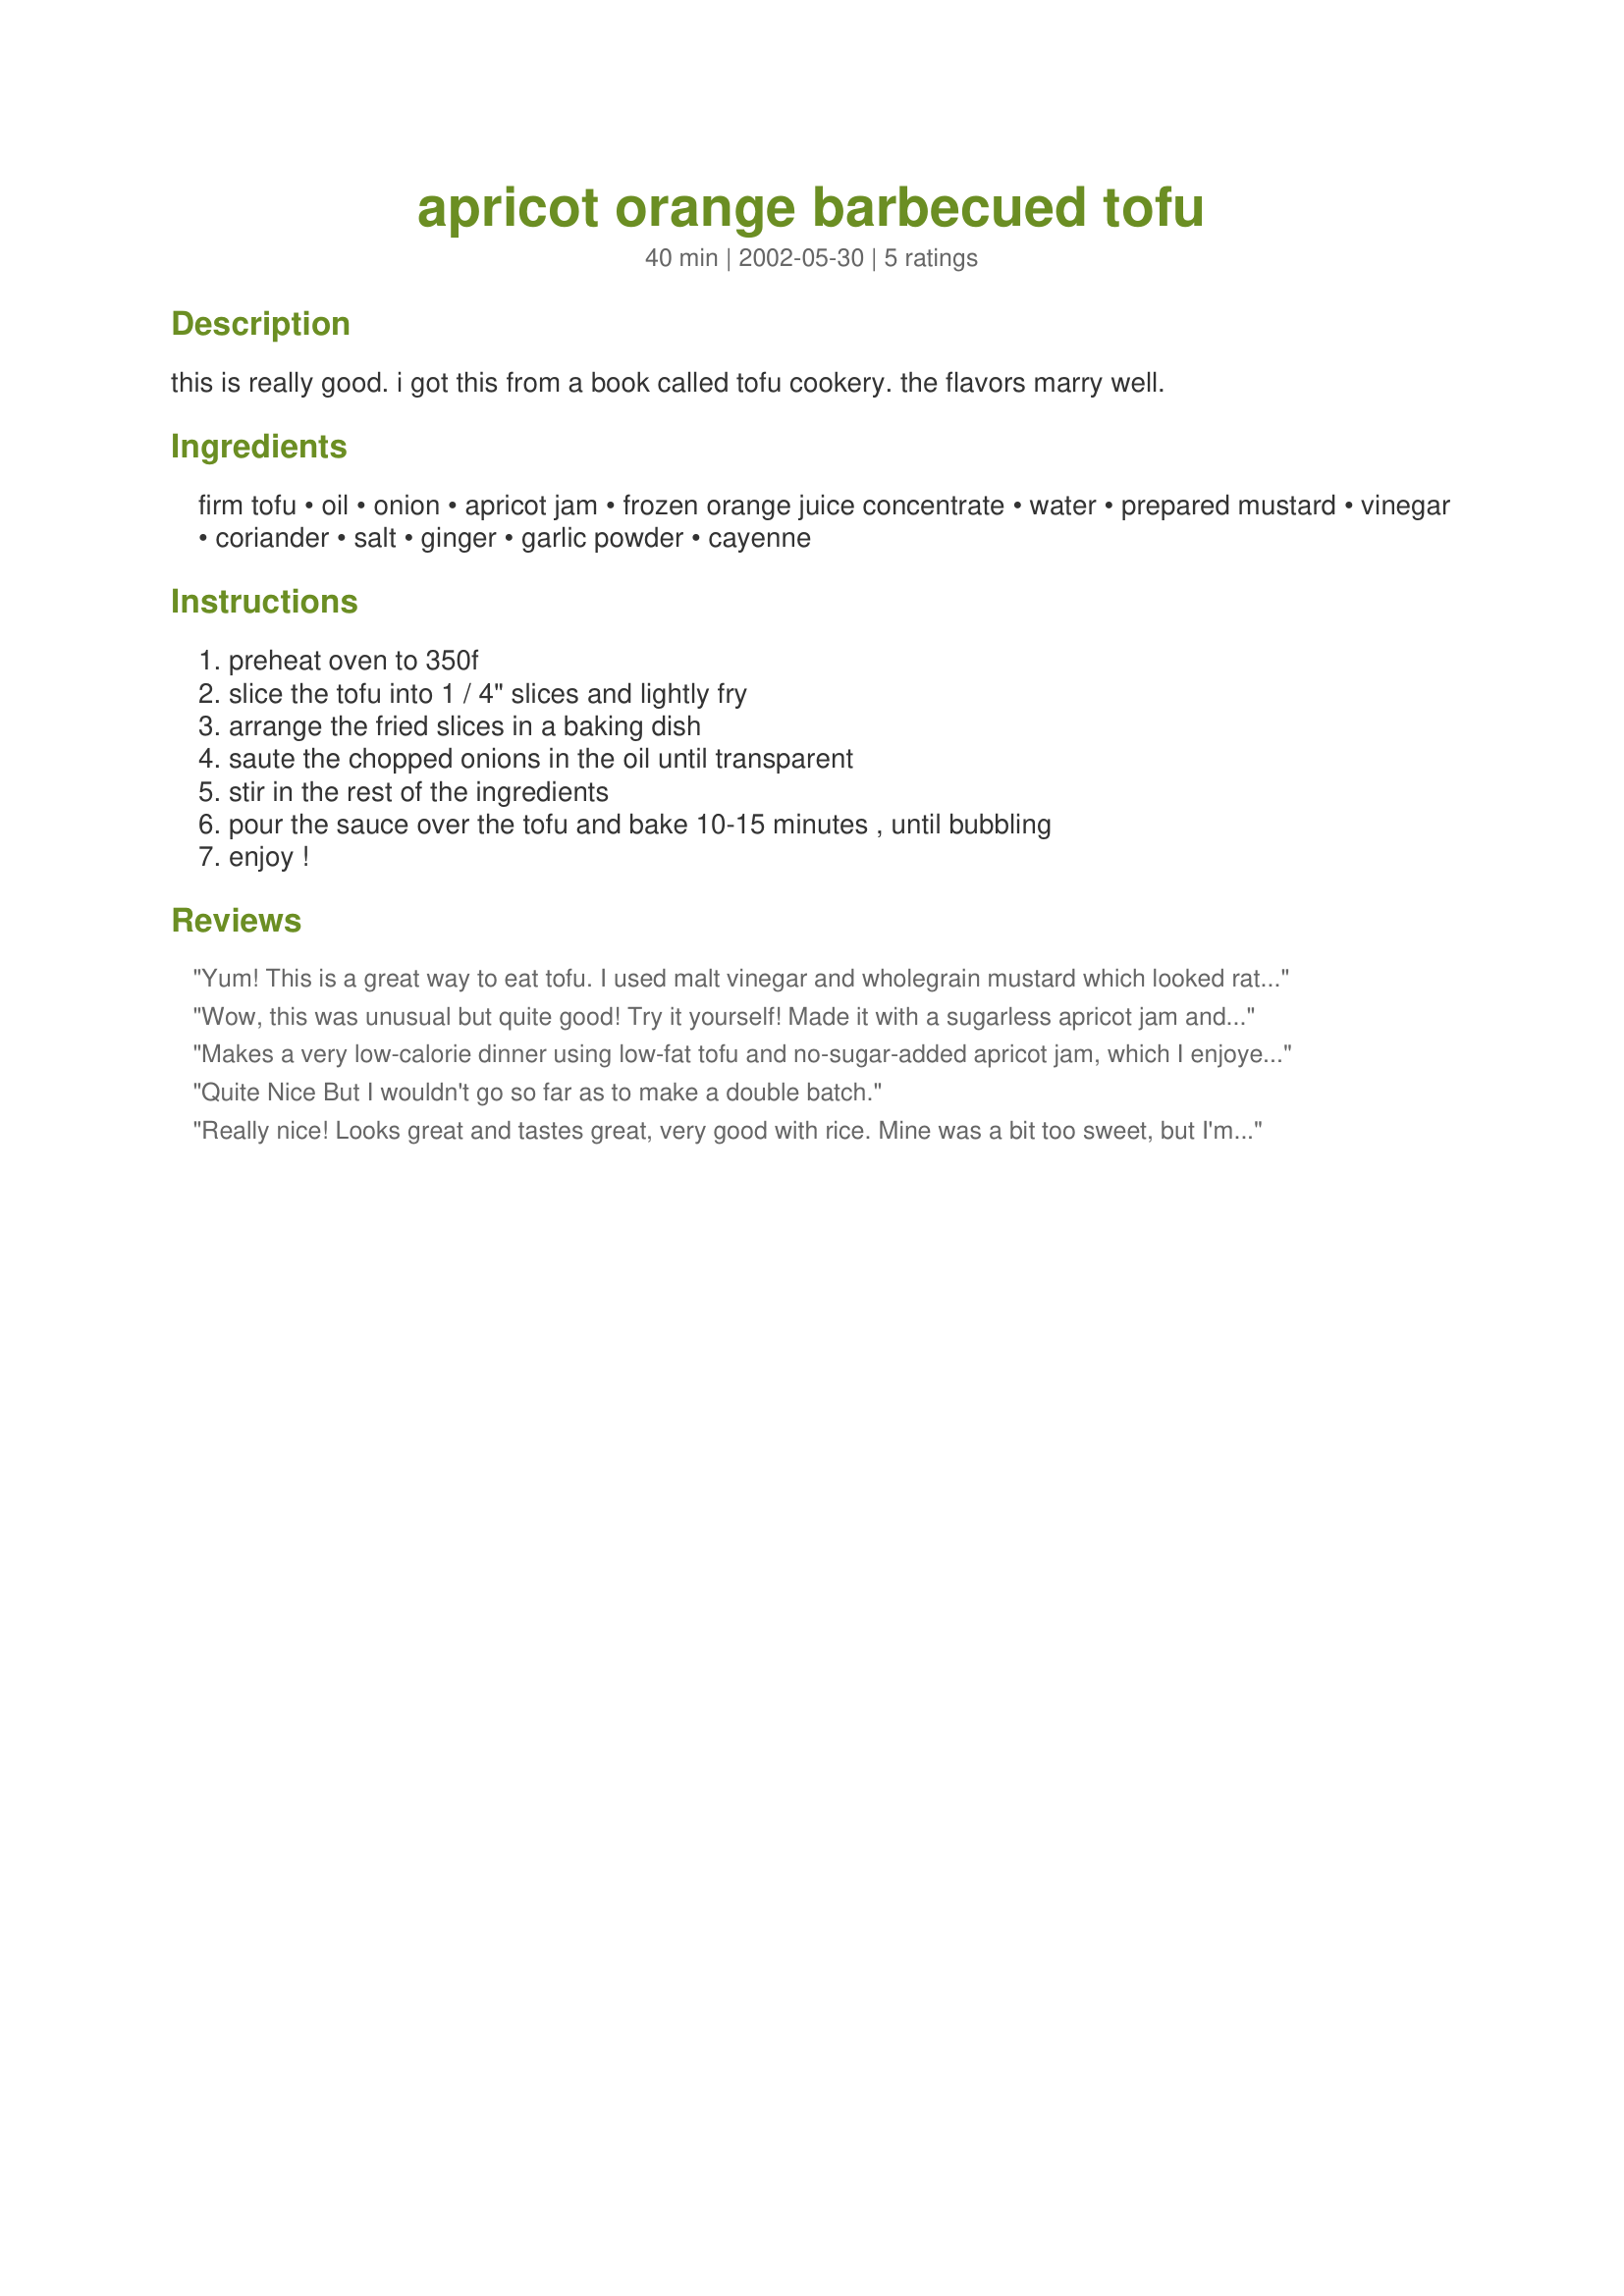
apricot orange barbecued tofu
Preparation time: 40 minutes

this is really good. i got this from a book called tofu cookery. the flavors marry well.

Ingredients:
firm tofu, oil, onion, apricot jam, frozen orange juice concentrate, water, prepared mustard, vinegar, coriander, salt, ginger, garlic powder, cayenne

Steps:
preheat oven to 350f, slice the tofu into 1 / 4" slices and lightly fry, arrange the fried slices in a baking dish, saute the chopped onions in the oil until transparent, stir in the rest of the ingredients, pour the sauce over the tofu and bake 10-15 minutes , until bubbling, enjoy !

Reviews:
Yum!
This is a great way to eat tofu. I used malt vinegar and wholegrain mustard which looked rather pretty with the different seeds. A six star recipe!
Wow, this was unusual but quite good! Try it yourself! Made it with a sugarless apricot jam and a low-fat tofu. Also, it makes a lot of sauce so serve it over some type of starch (we used mung bean noodles). Thank you very much!
Makes a very low-calorie dinner using low-fat tofu and no-sugar-added apricot jam, which I enjoyed; but I thought it was bland. Followed cooking instructions as written making the subs noted above. Like anther reviewer noted it does make a lot of sauce, so it would be good over rice.... I served with sauteed zucchini. Made for Please Review my Recipe game.
Quite Nice But I wouldn't go so far as to make a double batch.
Really nice! Looks great and tastes great, very good with rice. Mine was a bit too sweet, but I'm sure it was because I used a sweetish prepared mustard. Next time I will use a stronger, non-sweet one. I fried the tofu with the onions because I wanted the onions really brown. Will make this for company for sure. Thanks for posting!
